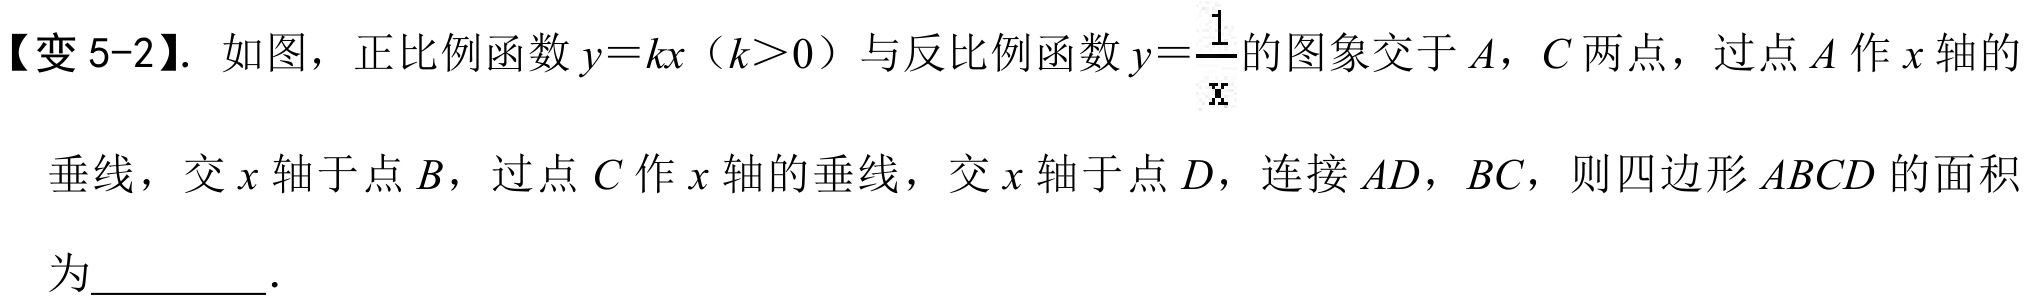
【变 5-2】. 如图，正比例函数$y = kx（k>0）$与反比例函数$y=\frac{1}{x}$的图象交于$A$，$C$两点，过点$A$作$x$轴的
垂线，交$x$轴于点$B$，过点$C$作$x$轴的垂线，交$x$轴于点$D$，连接$AD$，$BC$，则四边形$ABCD$的面积
为________.